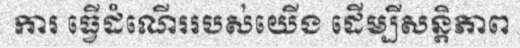
ការ ធ្វើដំណើររបស់យើង ដើម្បីសន្តិភាព